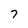
Character: 7